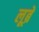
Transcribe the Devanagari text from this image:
लूब्रे